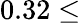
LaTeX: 0.32\leq